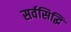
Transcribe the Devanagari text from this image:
सर्वसिद्धि